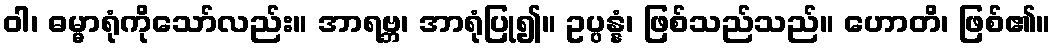
ဝါ၊ ဓမ္မာရုံကိုသော်လည်း။ အာရဗ္ဘ၊ အာရုံပြု၍။ ဥပ္ပန္နံ၊ ဖြစ်သည်သည်။ ဟောတိ၊ ဖြစ်၏။